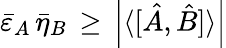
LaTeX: {\bar{\varepsilon}}_{A}\, {\bar{\eta}}_{B}\, \geq\, \left|\langle[{\hat{A}},{\hat{B}}]\rangle\right|